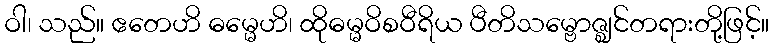
ဝါ၊ သည်။ ဧတေဟိ ဓမ္မေဟိ၊ ထိုဓမ္မဝိစဝီရိယ ပီတိသမ္ဗောဇ္ဈင်တရားတို့ဖြင့်။